Report on the Nagpur School of Medicine, Central Provinces
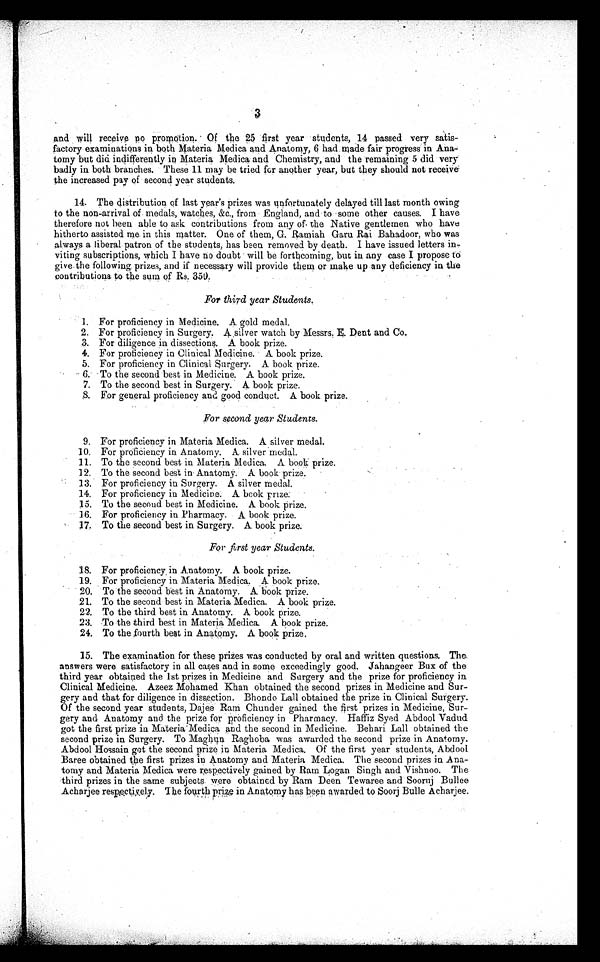
3
and will receive no promotion. ' Of the 25 first year students, 14 passed very satis-
factory examinations in both Materia Medica and Anatomy, 6 had made fair progress in Ana-
tomy but did indifferently in Materia Medica and Chemistry, and the remaining 5 did very
badly in both branches. These 11 may be tried four another year, but they should not receive
the increased pay of second year students.
14. The distribution of last year's prizes was unfortunately delayed till last month owing
to the non-arrival of medals, watches, &c., from England, and to •some other causes. I have
therefore not been able to ask contributions from any of. the Native gentlemen who have
hitherto assisted me in this matter. One of them, G. Ramiah Garu Rai Bahadoor, who was
always a liberal patron of the students, has been removed by death. I have issued letters in,
viting subscriptions, which I have no doubt will be forthcoming, but in any case I propose to
give the following prizes, and if necessary will provide them or make up any deficiency in the
contributions to the sum of Rs. 350.
For third year Students.
1. For proficiency in Medicine. A gold medal.
2. For proficiency in Surgery. A silver watch by Messrs, E. Dent and Co,
3. For diligence in dissections. A book prize.
4. For proficiency in Clinical Medicine. A book prize.
5. For proficiency in Clinical surgery. A book prize.
6. To the second 'best in Medicine. A book prize.
7. To the second best in Surgery. A. book prize.
For general proficiency and. good conduct. A book prize.
For second year. Students.
9. For proficiency in Materia Medica. A silver medal.
10. For proficiency in Anatomy. A. silver medal.
11. To the second best in Materia Medica. A book prize.
12. To the second best in Anatomy. A book prize..
13. For proficiency in Surgery. A silver medal.
14. For proficiency in Medicine. A book prize:
15. To the second best in Medicine. A book prize.
16. For proficiency in Pharmacy. A book prize.
17. To the second best in Surgery. A book prize.
For first year Students.
18. For proficiency, in Anatomy. A book prize.
19. For proficiency in Materia Medica. A book prize.
20. To the second best in Anatomy. A book prize.
21. To the second best in Materia Medica. A book prize.
22. To the third best in Anatomy. A book prize.
23. To the third best in Materia Medica. A book prize.
24. To the fourth best in Anatomy. A book prize.
15. The examination for these prizes was conducted by oral and written questions. The,
answers were satisfactory in all cases and in some exceedingly good. Jahangeer Bux of the
third year obtained the 1st prizes in Medicine and Surgery and the prize for proficiency in
Clinical Medicine. Azeez Mohamed Khan obtained the second prizes in Medicine and Sur-
gery and that for diligence in dissection. Bhondo Lall obtained the prize in Clinical Surgery.
Of the second year students, Dajee Ram Chunder gained the first prizes in Medicine, Sur-
gery and Anatomy and the prize for proficiency in Pharmacy. Haffiz Syed Abdool Vadud
got the first prize in Materia Medica and the second in Medicine. Behari Lall obtained the
second prize in Surgery. To Maghun Raghoba was awarded the second prize in Anatomy.
Abdool Hossain got the second prize in Materia Medica. Of the first year students, Abdool
Baree obtained the first prizes in Anatomy and Materia Medica. The second prizes in .Ana-
tomy and Materia Medica were respectively gained by Ram Logan Singh and Vishnoo. The
third prizes in the same subjects. were obtained by Ram Deen Tewaree and Sooruj Bullee
Acharjee respectively. The fourth prize in Anatomy has been awarded to Soorj Bulle Acharjee.